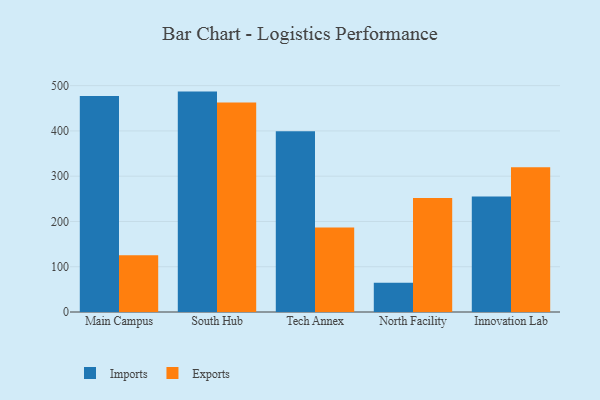
{"axis": {"x": "Campus", "y": "Bounce Rate (%)"}, "legend": ["Exports", "Imports"], "data": [{"x": "Main Campus", "y": 477.4, "type": "Imports"}, {"x": "Main Campus", "y": 125.6, "type": "Exports"}, {"x": "South Hub", "y": 486.9, "type": "Imports"}, {"x": "South Hub", "y": 462.9, "type": "Exports"}, {"x": "Tech Annex", "y": 399.3, "type": "Imports"}, {"x": "Tech Annex", "y": 186.8, "type": "Exports"}, {"x": "North Facility", "y": 64.7, "type": "Imports"}, {"x": "North Facility", "y": 252.0, "type": "Exports"}, {"x": "Innovation Lab", "y": 255.3, "type": "Imports"}, {"x": "Innovation Lab", "y": 319.8, "type": "Exports"}]}